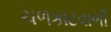
ચળકાટવાળી